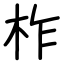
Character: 柞